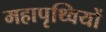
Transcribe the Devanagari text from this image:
महापृथ्वियों